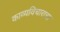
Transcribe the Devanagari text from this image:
काव्यविचाराचा